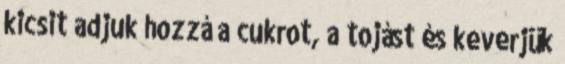
kicsit adjuk hozzá a cukrot, a tojást és keverjük